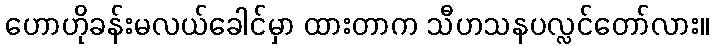
ဟောဟိုခန်းမလယ်ခေါင်မှာ ထားတာက သီဟသနပလ္လင်တော်လား။